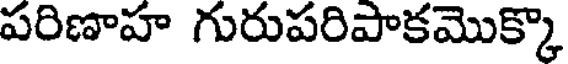
పరిణాహ గురుపరిపాకమొక్కొ